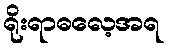
ရိုးရာဓလေ့အရ